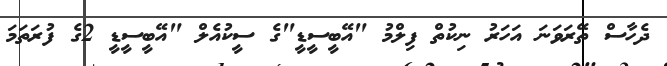
ދެހާސް ތޭރަވަނަ އަހަރު ނިކުތް ފިލްމު "އޭބީސީޑީ"ގެ ސީކުއެލް "އޭބީސީޑީ 2ގެ ފުރަތަމަ